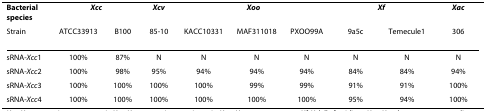
<table><thead><tr><td><b>Bacterial species</b></td><td colspan="2"><b><i>Xcc</i></b></td><td><b><i>Xcv</i></b></td><td colspan="3"><b><i>Xoo</i></b></td><td colspan="2"><b><i>Xf</i></b></td><td><b><i>Xac</i></b></td></tr><tr><td><b>Strain</b></td><td><b>ATCC33913</b></td><td><b>B100</b></td><td><b>85-10</b></td><td><b>KACC10331</b></td><td><b>MAF311018</b></td><td><b>PXOO99A</b></td><td><b>9a5c</b></td><td><b>Temecule1</b></td><td><b>306</b></td></tr></thead><tbody><tr><td>sRNA-<i>Xcc</i>1</td><td>100%</td><td>87%</td><td>N</td><td>N</td><td>N</td><td>N</td><td>N</td><td>N</td><td>N</td></tr><tr><td>sRNA-<i>Xcc</i>2</td><td>100%</td><td>98%</td><td>95%</td><td>94%</td><td>94%</td><td>94%</td><td>84%</td><td>84%</td><td>94%</td></tr><tr><td>sRNA-<i>Xcc</i>3</td><td>100%</td><td>100%</td><td>100%</td><td>100%</td><td>99%</td><td>99%</td><td>91%</td><td>91%</td><td>100%</td></tr><tr><td>sRNA-<i>Xcc</i>4</td><td>100%</td><td>100%</td><td>100%</td><td>100%</td><td>100%</td><td>100%</td><td>95%</td><td>94%</td><td>100%</td></tr></tbody></table>